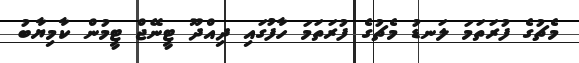
މެޗުގެ ފުރަތަމަ ލަނޑު މެޗުގެ ފުރަތަމަ ހާފުގައި ދިއްދޫ ޓީނޭޖް ޓީމުން ކާމިޔާބު